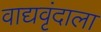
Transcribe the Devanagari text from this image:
वाद्यवृंदाला